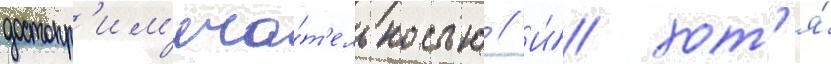
достопр'им'еча́т'ельностью // И́ хот'я́